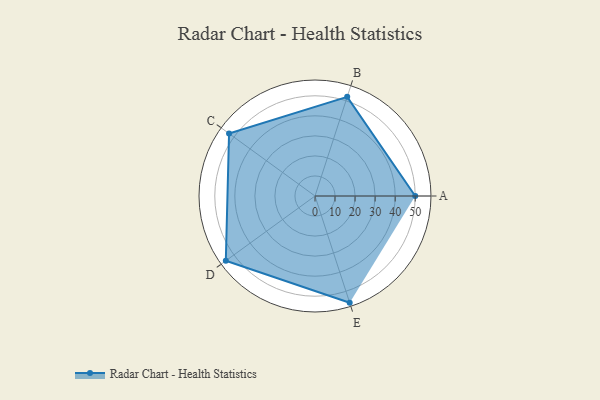
{"axis": {"x": "Skill", "y": "Score"}, "legend": ["Profile"], "data": [{"x": "A", "y": 50.0, "type": "Profile"}, {"x": "B", "y": 52.0, "type": "Profile"}, {"x": "C", "y": 53.0, "type": "Profile"}, {"x": "D", "y": 55.0, "type": "Profile"}, {"x": "E", "y": 56.0, "type": "Profile"}]}